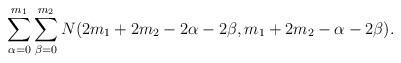
LaTeX: \begin{align*}\sum_{\alpha=0}^{m_1}\sum_{\beta=0}^{m_2}N(2m_1+2m_2-2\alpha-2\beta,m_1+2m_2-\alpha-2\beta).\end{align*}